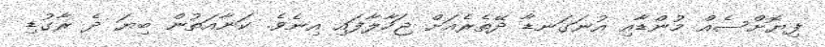
ފިޔޮށްސެއް މުންޑާއި އުނަގަނޑާ ދޭތެރެއަށް ޖަހާލާފައި އިނެވެ. ކަނާއަތުން ބިޔަ ދެ ރާގުޑި